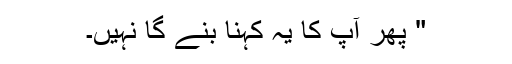
" پھر آپ کا یہ کہنا بنے گا نہیں۔